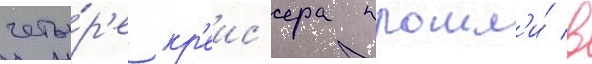
четы́р'е кр'еис'ера прошл'и́ в